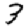
Digit: 3